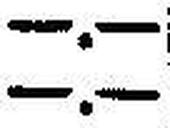
—.—